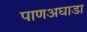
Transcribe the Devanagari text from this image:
पाणअघाडा